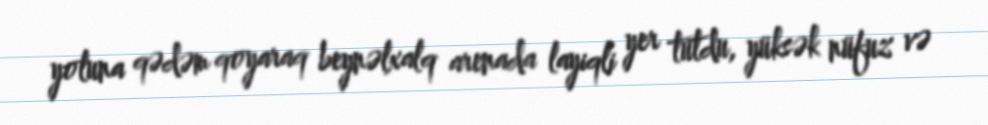
yoluna qədəm qoyaraq beynəlxalq arenada layiqli yer tutdu, yüksək nüfuz və